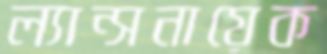
ল্যান্সনায়েক